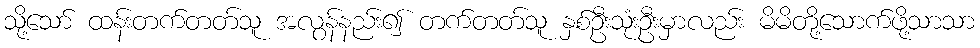
သို့သော် ထန်းတက်တတ်သူ အလွန်နည်း၍ တက်တတ်သူ နှစ်ဦးသုံးဦးမှာလည်း မိမိတို့သောက်ဖို့သာသာ